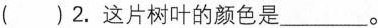
( )2.这片树叶的颜色是___。